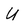
Character: U